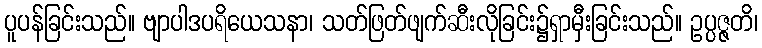
ပူပန်ခြင်းသည်။ ဗျာပါဒပရိယေသနာ၊ သတ်ဖြတ်ဖျက်ဆီးလိုခြင်း၌ရှာမှီးခြင်းသည်။ ဥပ္ပဇ္ဇတိ၊